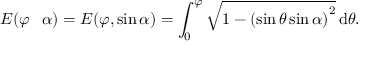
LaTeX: E ( \varphi \setminus \alpha ) = E ( \varphi , \sin \alpha ) = \int _ { 0 } ^ { \varphi } { \sqrt { 1 - \left( \sin \theta \sin \alpha \right) ^ { 2 } } } \, \mathrm { d } \theta .